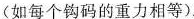
(如每个钩码的重力相等)。